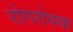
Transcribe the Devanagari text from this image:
रोगरोधक